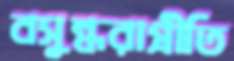
বসুন্ধরাপ্রীতি